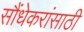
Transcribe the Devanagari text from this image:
सौंधेकरांसाठी